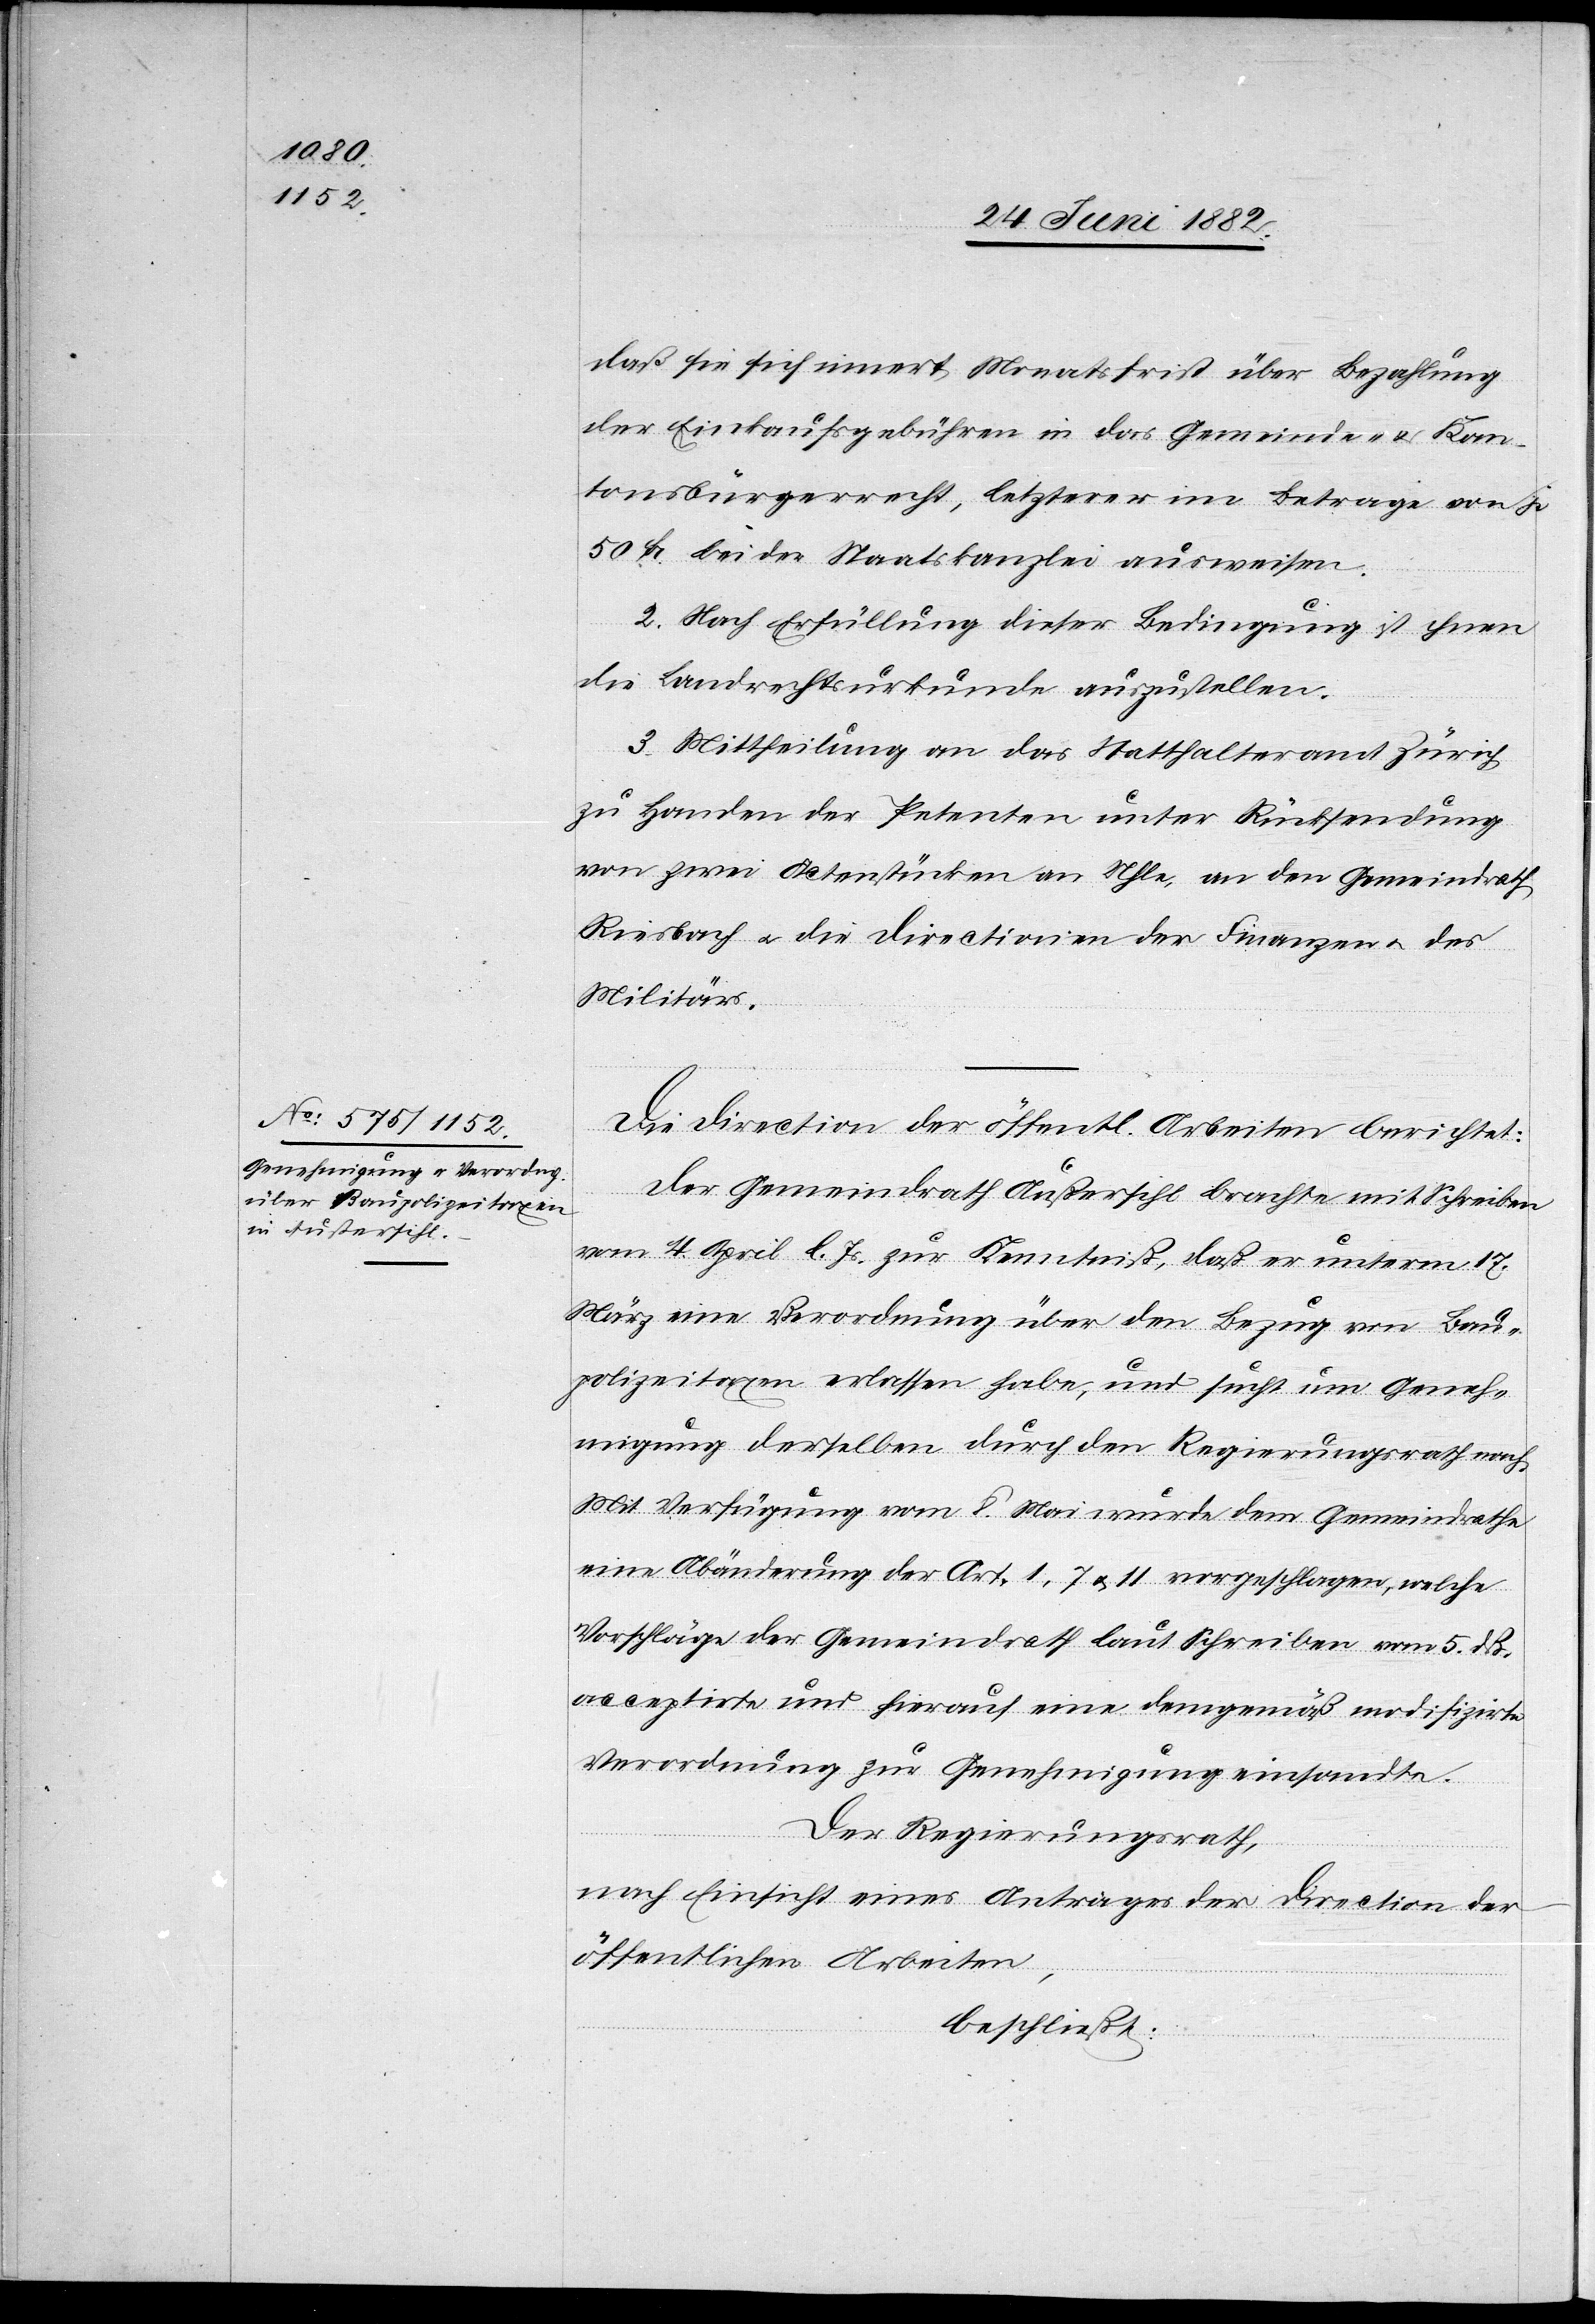
daß sie sich innert Monatsfrist über Bezahlung
der Einkaufsgebühren in das Gemeinde- & Kan¬
tonsbürgerrecht, letzterer im Betrage von je
50 Fr. bei der Staatskanzlei ausweisen.
2. Nach Erfüllung dieser Bedingung ist ihnen
die Landrechtsurkunde auszustellen.
3. Mittheilung an das Statthalteramt Zürich
zu Handen der Petenten unter Rücksendung
von zwei Actenstücken an Uhle, an den Gemeindrath
Riesbach u. die Directionen der Finanzen u. des
Militärs.
Die Direction der öffentl. Arbeiten berichtet:
Der Gemeindrath Außersihl brachte mit Schreiben
vom 4. April l. Js. zur Kenntniß, daß er unterm 17.
März eine Verordnung über den Bezug von Bau¬
polizeitaxen erlassen habe, und sucht um Geneh¬
migung derselben durch den Regierungsrath nach.
Mit Verfügung vom 8. Mai wurde dem Gemeindrathe
eine Abänderung der Art. 1, 7 u. 11 vorgeschlagen, welche
Vorschläge der Gemeindrath laut Schreiben vom 5. dß.
acceptirte und herauf eine demgemäß modifizirte
Verordnung zur Genehmigung einsandte.
Der Regierungsrath,
nach Einsicht eines Antrages der Direction der
öffentlichen Arbeiten,
beschließt: